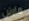
مارتن